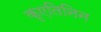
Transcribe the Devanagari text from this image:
कृएतिनिन